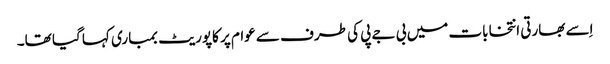
اِسے بھارتی انتخابات میں بی جے پی کی طرف سے عوام پر کاپوریٹ بمباری کہا گیا تھا۔